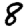
Digit: 8